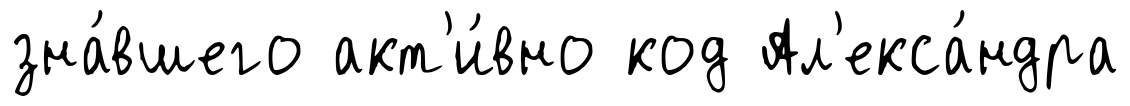
зна́вшего акт'и́вно код Ал'екса́ндра